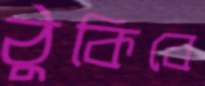
ঠুকিবে